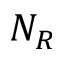
N _ { R }